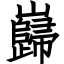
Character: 巋